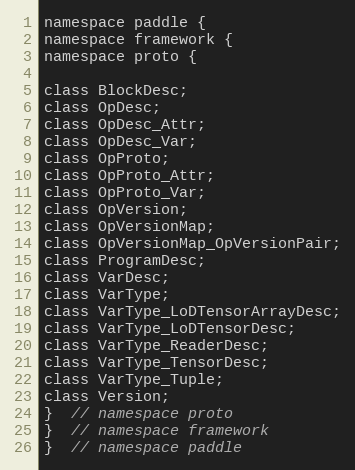
Language: C
namespace paddle {
namespace framework {
namespace proto {

class BlockDesc;
class OpDesc;
class OpDesc_Attr;
class OpDesc_Var;
class OpProto;
class OpProto_Attr;
class OpProto_Var;
class OpVersion;
class OpVersionMap;
class OpVersionMap_OpVersionPair;
class ProgramDesc;
class VarDesc;
class VarType;
class VarType_LoDTensorArrayDesc;
class VarType_LoDTensorDesc;
class VarType_ReaderDesc;
class VarType_TensorDesc;
class VarType_Tuple;
class Version;
}  // namespace proto
}  // namespace framework
}  // namespace paddle